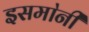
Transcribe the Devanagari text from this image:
इसमा॓नी